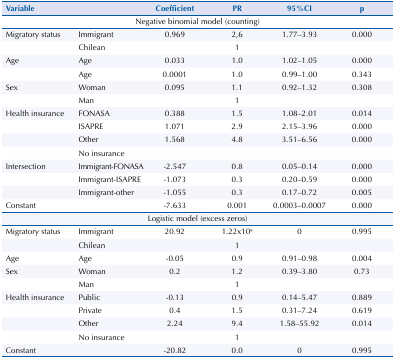
<table><thead><tr><td><b>Variable</b></td><td><b> </b></td><td><b>Coefficient</b></td><td><b>PR</b></td><td><b>95%CI</b></td><td><b>p</b></td></tr></thead><tbody><tr><td colspan="6">Negative binomial model (counting)</td></tr><tr><td>Migratory status</td><td>Immigrant</td><td>0.969</td><td>2,6</td><td>1.77–3.93</td><td>0.000</td></tr><tr><td> </td><td>Chilean</td><td> </td><td>1</td><td> </td><td> </td></tr><tr><td>Age</td><td>Age</td><td>0.033</td><td>1.0</td><td>1.02–1.05</td><td>0.000</td></tr><tr><td> </td><td>Age</td><td>0.0001</td><td>1.0</td><td>0.99–1.00</td><td>0.343</td></tr><tr><td>Sex</td><td>Woman</td><td>0.095</td><td>1.1</td><td>0.92–1.32</td><td>0.308</td></tr><tr><td> </td><td>Man</td><td> </td><td>1</td><td> </td><td> </td></tr><tr><td>Health insurance</td><td>FONASA</td><td>0.388</td><td>1.5</td><td>1.08–2.01</td><td>0.014</td></tr><tr><td> </td><td>ISAPRE</td><td>1.071</td><td>2.9</td><td>2.15–3.96</td><td>0.000</td></tr><tr><td> </td><td>Other</td><td>1.568</td><td>4.8</td><td>3.51–6.56</td><td>0.000</td></tr><tr><td> </td><td>No insurance</td><td> </td><td> </td><td> </td><td> </td></tr><tr><td>Intersection</td><td>Immigrant-FONASA</td><td>-2.547</td><td>0.8</td><td>0.05–0.14</td><td>0.000</td></tr><tr><td> </td><td>Immigrant-ISAPRE</td><td>-1.073</td><td>0.3</td><td>0.20–0.59</td><td>0.000</td></tr><tr><td> </td><td>Immigrant-other</td><td>-1.055</td><td>0.3</td><td>0.17–0.72</td><td>0.005</td></tr><tr><td>Constant</td><td> </td><td>-7.633</td><td>0.001</td><td>0.0003–0.0007</td><td>0.000</td></tr><tr><td colspan="6">Logistic model (excess zeros)</td></tr><tr><td>Migratory status</td><td>Immigrant</td><td>20.92</td><td>1.22x10<sup>9</sup></td><td>0</td><td>0.995</td></tr><tr><td> </td><td>Chilean</td><td> </td><td>1</td><td> </td><td> </td></tr><tr><td>Age</td><td>Age</td><td>-0.05</td><td>0.9</td><td>0.91–0.98</td><td>0.004</td></tr><tr><td>Sex</td><td>Woman</td><td>0.2</td><td>1.2</td><td>0.39–3.80</td><td>0.73</td></tr><tr><td> </td><td>Man</td><td> </td><td>1</td><td> </td><td> </td></tr><tr><td>Health insurance</td><td>Public</td><td>-0.13</td><td>0.9</td><td>0.14–5.47</td><td>0.889</td></tr><tr><td> </td><td>Private</td><td>0.4</td><td>1.5</td><td>0.31–7.24</td><td>0.619</td></tr><tr><td> </td><td>Other</td><td>2.24</td><td>9.4</td><td>1.58–55.92</td><td>0.014</td></tr><tr><td> </td><td>No insurance</td><td> </td><td>1</td><td> </td><td> </td></tr><tr><td>Constant</td><td> </td><td>-20.82</td><td>0.0</td><td>0</td><td>0.995</td></tr></tbody></table>